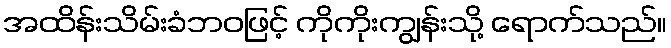
အထိန်းသိမ်းခံဘဝဖြင့် ကိုကိုးကျွန်းသို့ ရောက်သည်။